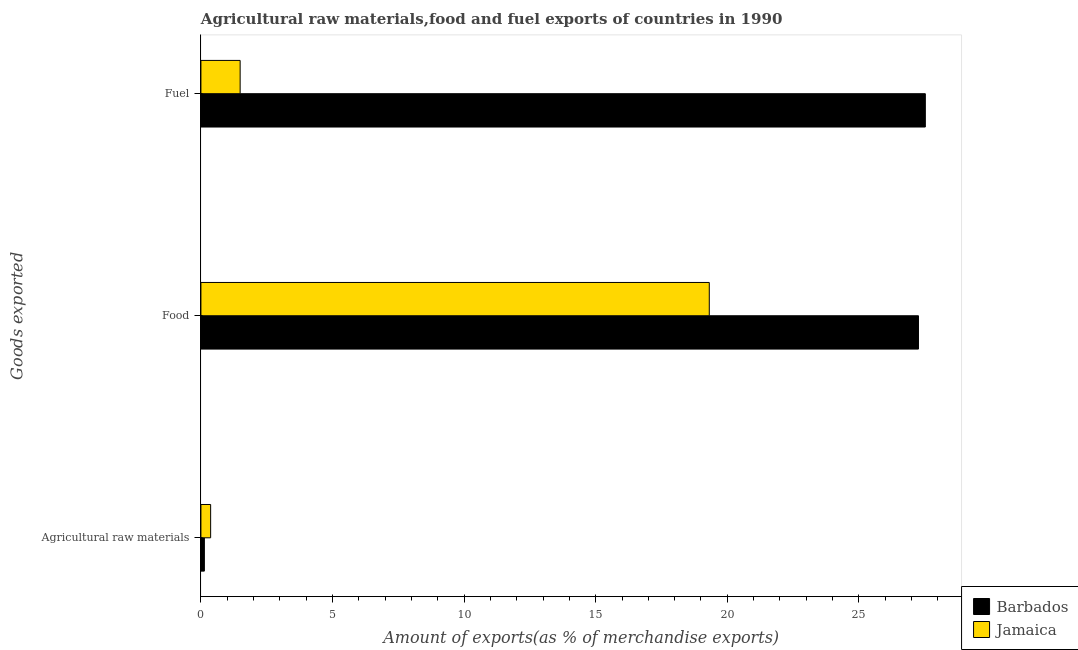
| Goods exported | Barbados | Jamaica |
 | --- | --- | --- |
 | Agricultural raw materials | 0.132 | 0.37 |
 | Food | 27.3 | 19.3 |
 | Fuel | 27.5 | 1.49 |